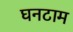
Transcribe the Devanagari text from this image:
घनटाम